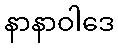
နာနာဝါဒေ